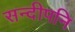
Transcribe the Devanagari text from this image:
सन्दीपनि